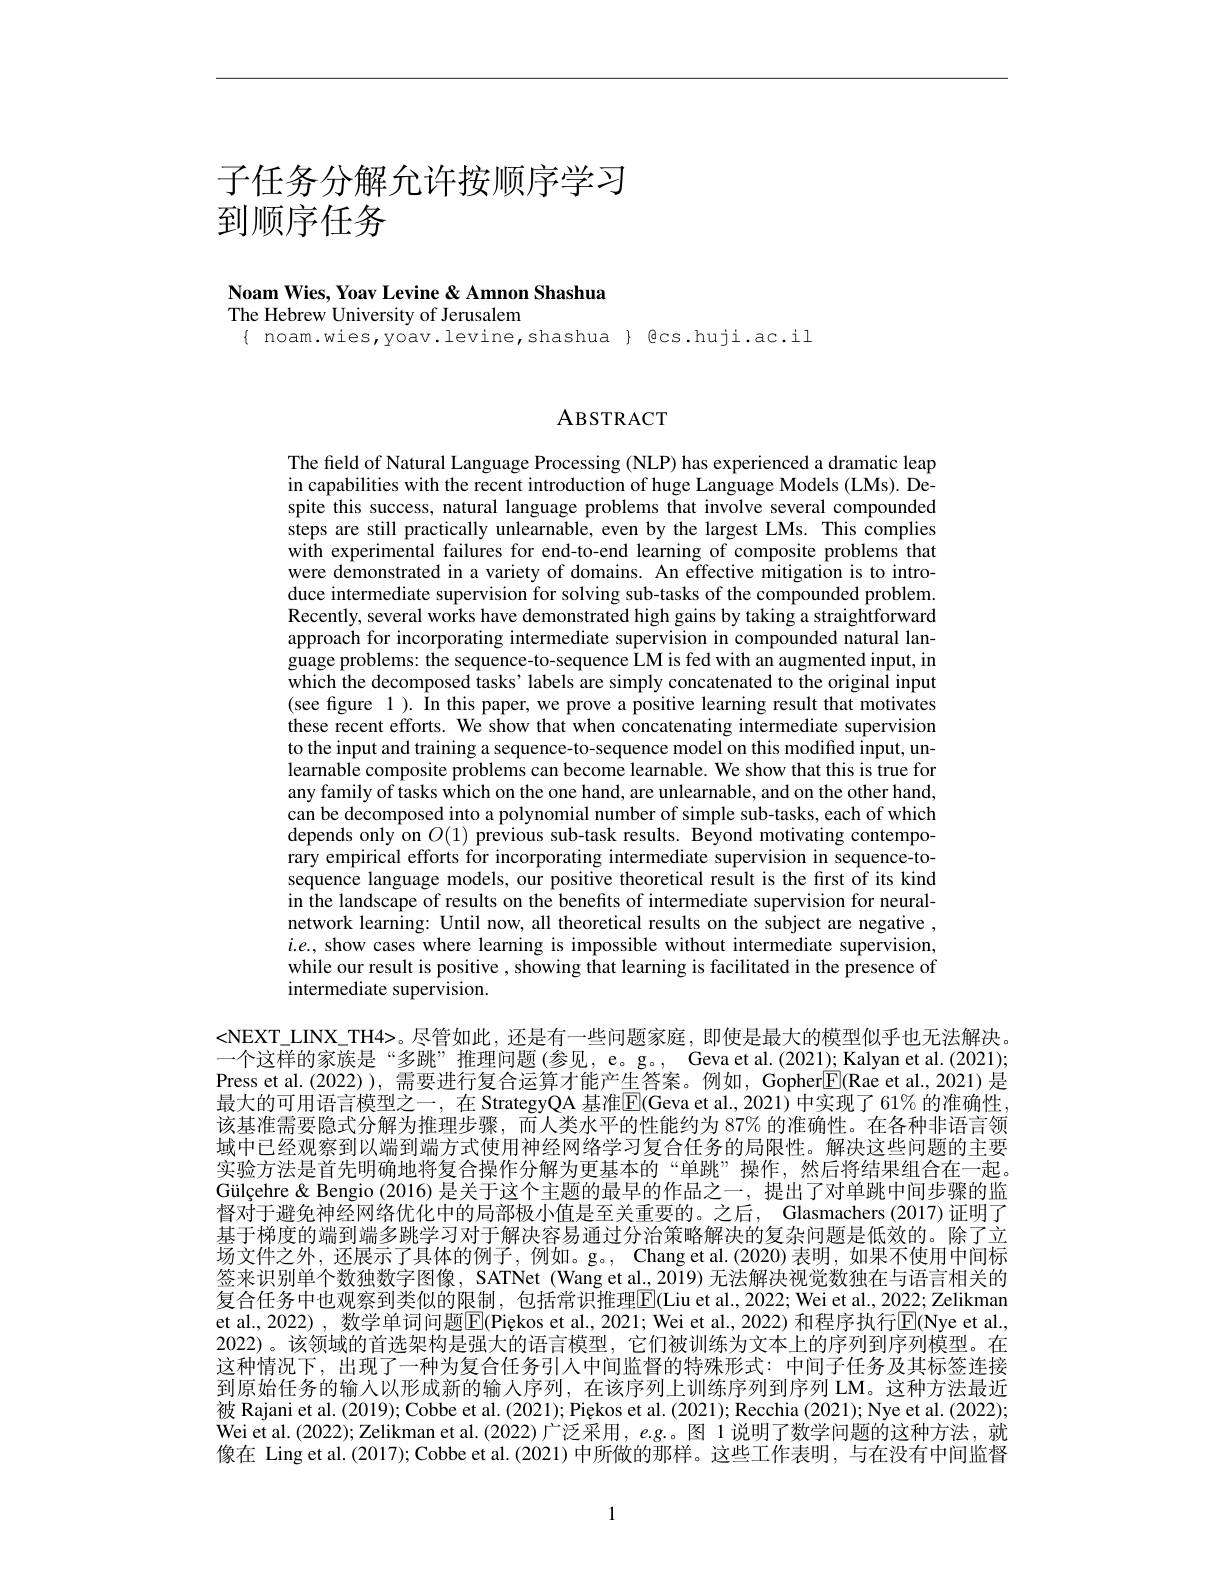
# 子任务分解允许按顺序学习到顺序任务

Noam Wies, Yoav Levine & Amnon Shashua
The Hebrew University of Jerusalem

$\{ noam.wies,yoav.levine,shashua \} €cs.huji.ac.il$

# ABSTRACT

The field of Natural Language Processing (NLP) has experienced a dramatic leap in capabilities with the recent introduction of huge Language Models (LMs). Despite this success, natural language problems that involve several compounded steps are still practically unlearnable, even by the largest LMs. This complies with experimental failures for end-to-end learning of composite problems that were demonstrated in a variety of domains. An effective mitigation is to introduce intermediate supervision for solving sub-tasks of the compounded problem. Recently, several works have demonstrated high gains by taking a straightforward approach for incorporating intermediate supervision in compounded natural language problems: the sequence-to-sequence LM is fed with an augmented input, in which the decomposed tasks' labels are simply concatenated to the original input (see figure 1). In this paper, we prove a positive learning result that motivates these recent efforts. We show that when concatenating intermediate supervision to the input and training a sequence-to-sequence model on this modified input, unlearnable composite problems can become learnable. We show that this is true for any family of tasks which on the one hand, are unlearnable, and on the other hand, can be decomposed into a polynomial number of simple sub-tasks, each of which depends only on $O(1)$ previous sub-task results. Beyond motivating contemporary empirical efforts for incorporating intermediate supervision in sequence-tosequence language models, our positive theoretical result is the first of its kind in the landscape of results on the benefits of intermediate supervision for neuralnetwork learning: Until now, all theoretical results on the subject are negative , $i.e.$, show cases where learning is impossible without intermediate supervision, while our result is positive , showing that learning is facilitated in the presence of intermediate supervision.

<NEXT\_LINX\_TH4>。尽管如此，还是有一些问题家庭，即使是最大的模型似乎也无法解决。一个这样的家族是“多跳”推理问题(参见，e。g。, Geva et al.(2021); Kalyan et al.(2021); Press et al.(2022)), 需要进行复合运算才能产生答案。例如，Gopher$\boxed{\mathrm{F}}($Rae et al.,2021) 是最大的可用语言模型之一，在 StrategyQA 基准$\overline{\mathrm{E}}($Geva et al., 2021)中实现了 61% 的准确性该基准需要隐式分解为推理步骤，而人类水平的性能约为 87% 的准确性。在各种非语言领域中已经观察到以端到端方式使用神经网络学习复合任务的局限性。解决这些问题的主要实验方法是首先明确地将复合操作分解为更基本的“单跳”操作，然后将结果组合在一起。Gülçehre& Bengio (2016) 是关于这个主题的最早的作品之一，提出了对单跳中间步骤的监督对于避免神经网络优化中的局部极小值是至关重要的。之后，Glasmachers (2017)证明了基于梯度的端到端多跳学习对于解决容易通过分治策略解决的复杂问题是低效的。除了立场文件之外，还展示了具体的例子，例如。g。, Chang et al.(2020)表明，如果不使用中间标签来识别单个数独数字图像，SATNet (Wang et al., 2019) 无法解决视觉数独在与语言相关的复合任务中也观察到类似的限制，包括常识推理$\boxed{\mathrm{E}}($Liu et al.,2022; Wei et al., 2022; Zelikman et al., 2022) , 数学单词问题$\boxed{\mathrm{E}}($Piękos et al., 2021; Wei et al., 2022) 和程序执行$\boxed{\mathrm{E}}($Nye et al., 2022)。该领域的首选架构是强大的语言模型，它们被训练为文本上的序列到序列模型。在这种情况下，出现了一种为复合任务引人中间监督的特殊形式：中间子任务及其标签连接到原始任务的输入以形成新的输入序列，在该序列上训练序列到序列 LM。这种方法最近被 Rajani et al. (2019); Cobbe et al. (2021); Piękos et al. (2021); Recchia (2021); Nye et al. (2022); Wei et al.(2022); Zelikman et al.(2022)广泛采用，e.g.。图 1 说明了数学问题的这种方法，就像在 Ling et al.(2017); Cobbe et al.(2021) 中所做的那样。这些工作表明，与在没有中间监督

1